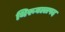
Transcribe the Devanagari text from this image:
थिरूवल्लपद